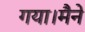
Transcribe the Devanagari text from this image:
गया।मैने